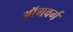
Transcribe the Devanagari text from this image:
ऑगवर्ग